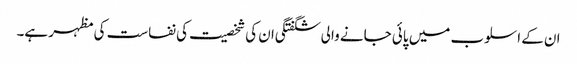
ان کے اسلوب میں پائی جانے والی شگفتگی ان کی شخصیت کی نفاست کی مظہر ہے۔